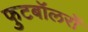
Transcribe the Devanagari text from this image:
फुटबॉलरों